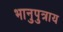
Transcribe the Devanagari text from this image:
भानुपुत्राय